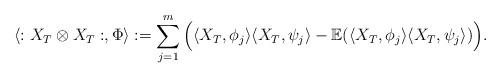
LaTeX: \begin{align*}\langle :X_T\otimes X_T:,\Phi \rangle:= \sum_{j=1}^m\Big( \langle X_T,\phi_j \rangle \langle X_T,\psi_j \rangle - \mathbb{E}(\langle X_T,\phi_j \rangle \langle X_T,\psi_j \rangle)\Big).\end{align*}